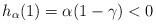
LaTeX: \begin{align*}h_{\alpha}(1)=\alpha(1-\gamma) <0\end{align*}